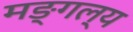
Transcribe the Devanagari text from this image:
मङ्गल्य